65_HS1-834228961_62-HQ-83894_Section_9
Agency: FBI
Page 91
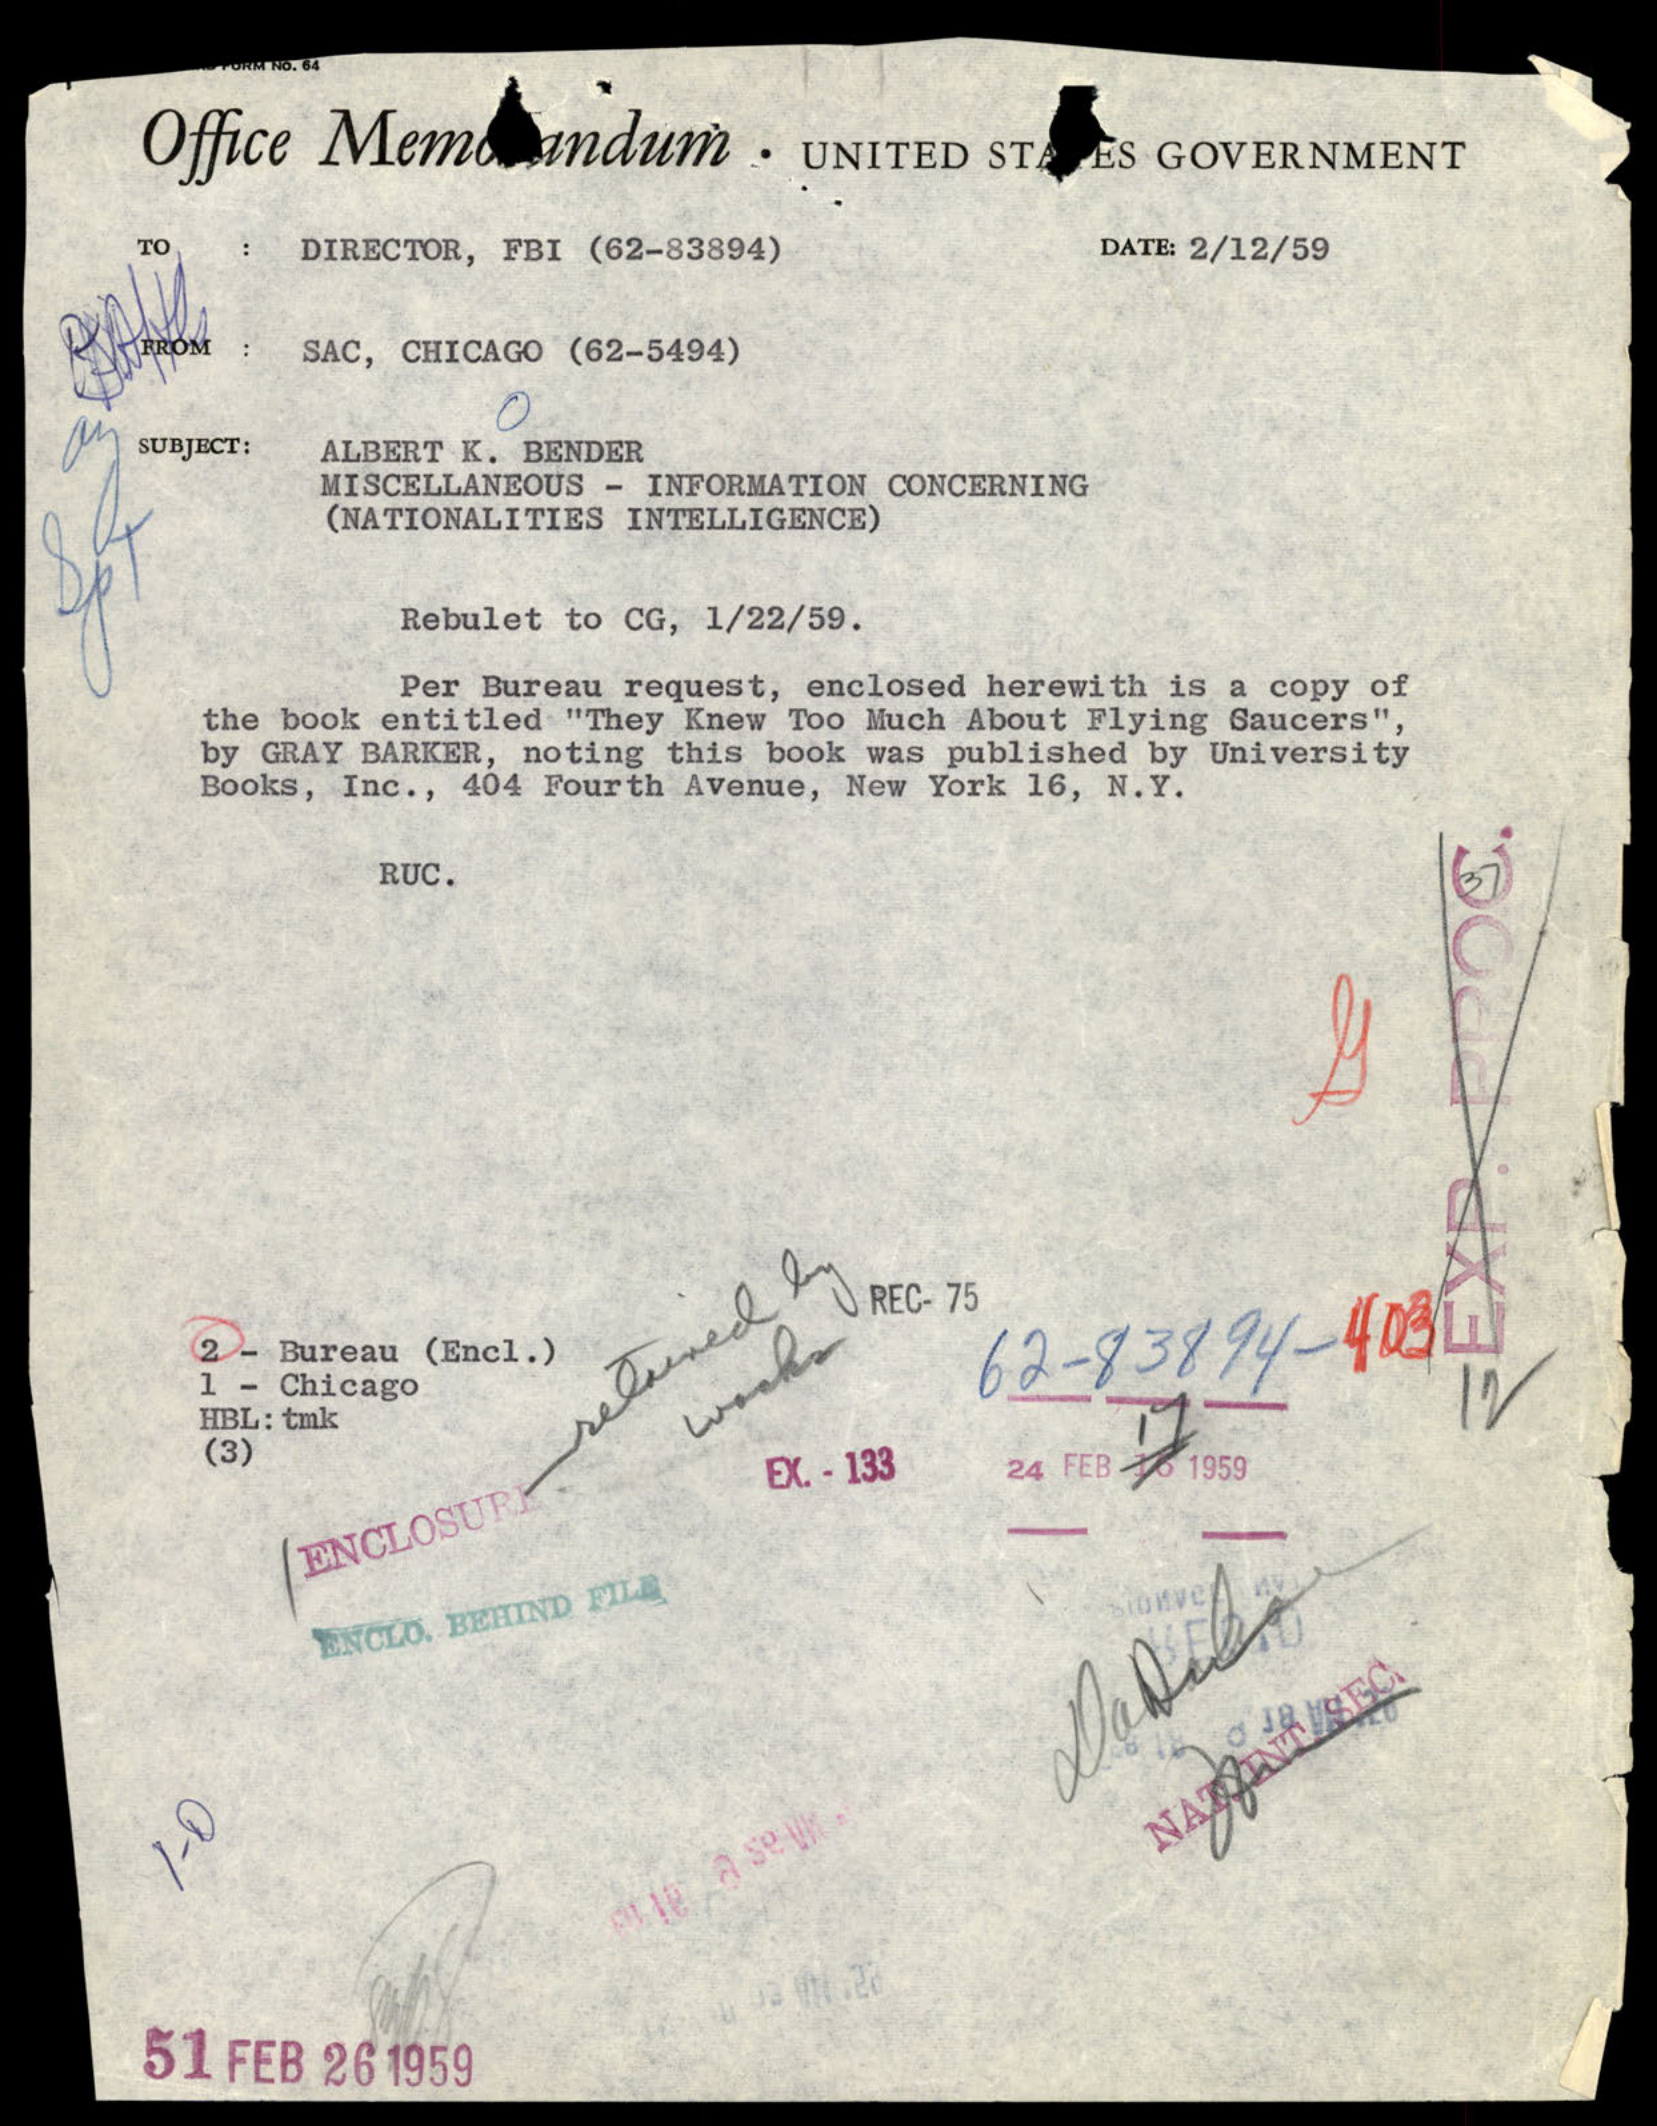